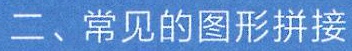
二、常见的图形拼接